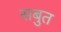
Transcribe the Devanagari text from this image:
सबुत